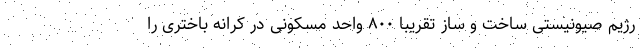
رژیم صیونیستی ساخت و ساز تقریبا ۸۰۰ واحد مسکونی در کرانه باختری را